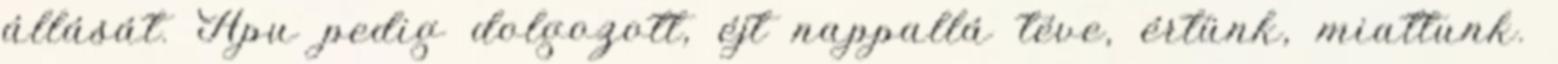
állását. Apu pedig dolgozott, éjt nappallá téve, értünk, miattunk.